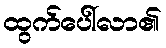
ထွက်ပေါ်လာ၏